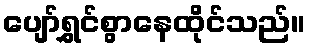
ပျော်ရွှင်စွာနေထိုင်သည်။